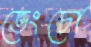
ভেংচো